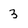
Character: 3